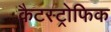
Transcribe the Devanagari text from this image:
कैटस्ट्रोफिक